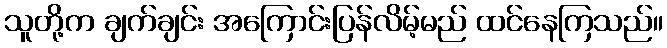
သူတို့က ချက်ချင်း အကြောင်းပြန်လိမ့်မည် ထင်နေကြသည်။